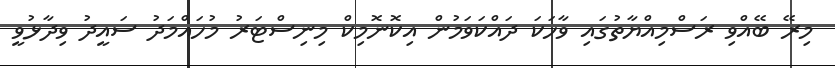
މިރޭ ބޭއްވި ރަސްމިއްޔާތުގައި ވާހަކަ ދައްކަވަމުން އިކޮނޮމިކް މިނިސްޓަރު މުހައްމަދު ސައީދު ވިދާޅުވީ